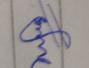
Signature authenticity: genuine